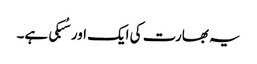
یہ بھارت کی ایک اور سُبکی ہے۔